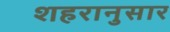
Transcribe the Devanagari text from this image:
शहरानुसार